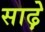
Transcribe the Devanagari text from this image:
साढ़़ेे